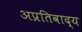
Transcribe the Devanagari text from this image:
अप्रतिवाद्य